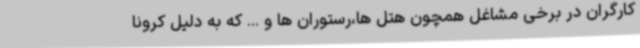
کارگران در برخی مشاغل همچون هتل ها،رستوران ها و ... که به دلیل کرونا